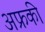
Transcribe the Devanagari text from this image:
अफ्रकी